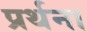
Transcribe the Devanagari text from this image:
प्रर्थना